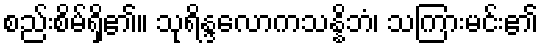
စည်းစိမ်ရှိ၏။ သုရိန္ဒလောကသန္နိဘံ၊ သကြားမင်း၏